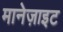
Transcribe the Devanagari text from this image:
मानेज़ाइट